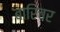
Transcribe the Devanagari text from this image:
बारिचर